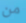
من